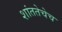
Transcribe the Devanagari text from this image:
शांततेचेच